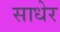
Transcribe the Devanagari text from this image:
साधेर